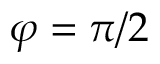
\varphi = \pi / 2